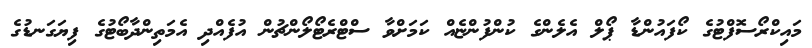
މައިކްރޯސޮފްޓުގެ ކޯފައުންޑާ ޕޯލް އެލެންގެ ކުންފުންޏެއް ކަމަށްވާ ސްޓްރެޓޯލޯންޗުން އުފެއްދި އެމަތިންދާބޯޓުގެ ފިޔަގަނޑުގެ